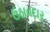
ઉઠાવદાર